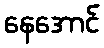
နေအောင်